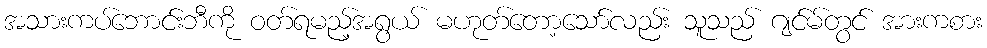
အသားကပ်ဘောင်းဘီကို ဝတ်ရမည့်အရွယ် မဟုတ်တော့သော်လည်း သူသည် ဂျင်မ်တွင် အားကစား